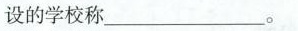
设的学校称___。